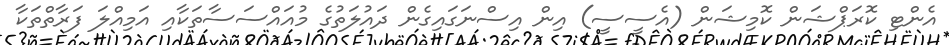
އެންޓި ކޮރަޕްޝަން ކޮމިޝަން (އެސީސީ) އިން އިސްނަގައިގެން ދައުލަތުގެ މުއައްސަސާތަކާއި އަމިއްލަ ފަރާތްތަކާ